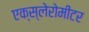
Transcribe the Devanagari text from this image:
एक्स्लेरोमीटर